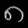
Digit: ၈